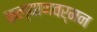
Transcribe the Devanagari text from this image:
कल्याणवर्मन